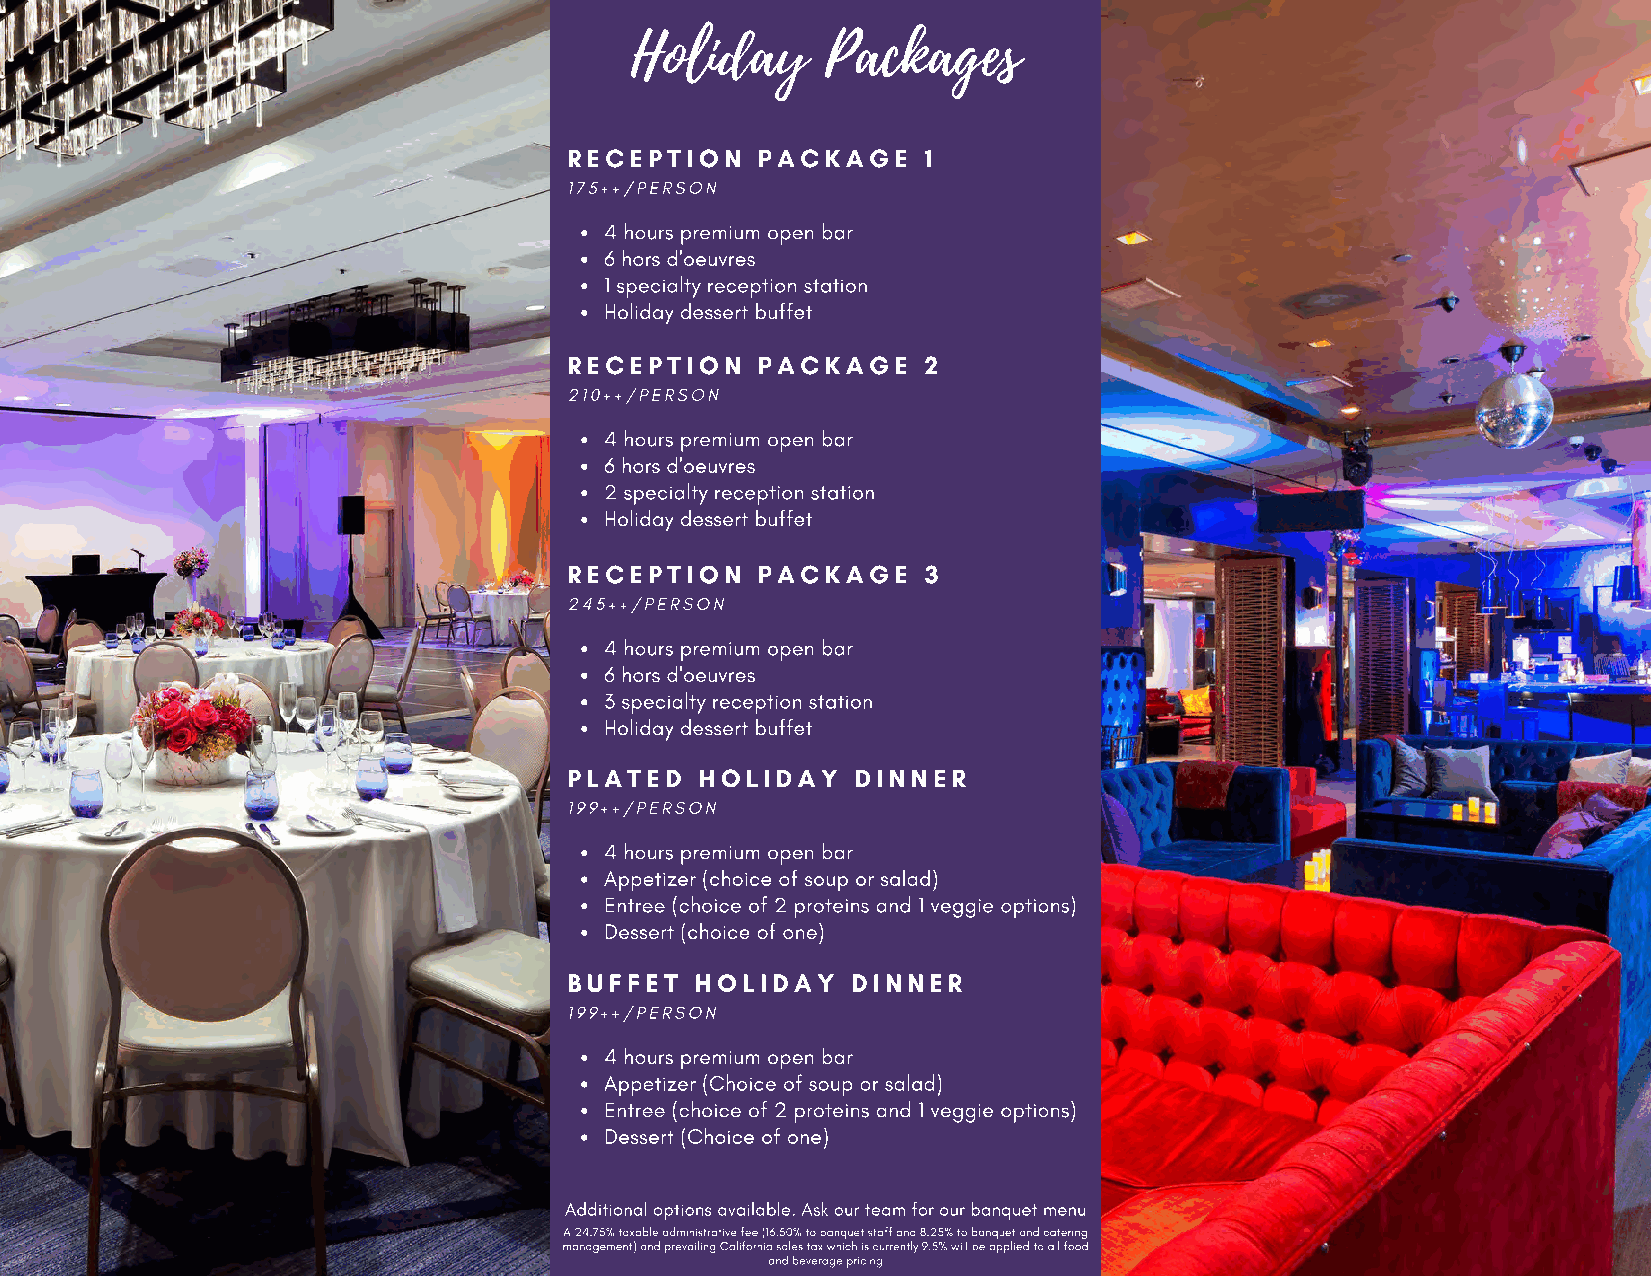
Holiday      Packages
 RECEPTION   PACKAGE    1
 175++/PERSON
 4 hours premium open bar
 6 hors d'oeuvres
 1 specialty reception station
 Holiday dessert buffet
 RECEPTION   PACKAGE    2
 210++/PERSON
 4 hours premium open bar
 6 hors d'oeuvres
 2 specialty reception station
 Holiday dessert buffet
 RECEPTION   PACKAGE    3
 245++/PERSON
 4 hours premium open bar
 6 hors d'oeuvres
 3 specialty reception station
 Holiday dessert buffet
 PLATED  HOLIDAY    DINNER
 199++/PERSON
 4 hours premium open bar
 Appetizer (choice of soup or salad)
 Entree (choice of 2 proteins and 1 veggie options)
 Dessert (choice of one)
 BUFFET  HOLIDAY   DINNER
 199++/PERSON
 4 hours premium open bar
 Appetizer (Choice of soup or salad)
 Entree (choice of 2 proteins and 1 veggie options)
 Dessert (Choice of one)
 Additional options available. Ask our team for our banquet menu
 A 24.75% taxable administrative fee (16.50% to ba nquet staff and 8.25% to banquet and catering
 management) and prevailing California sales tax which is currently 9.5% will be applied to all food
 and beverage pricing